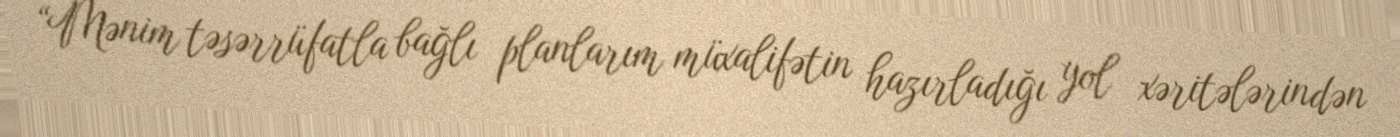
“Mənim təsərrüfatla bağlı planlarım müxalifətin hazırladığı yol xəritələrindən